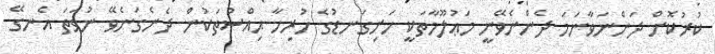
ކުރުކޮށް ދަންނަވާނަމަ ދެންނެވޭނީ މަޢުލޫމާތަކީ ހަށިގަނޑުގެ ހުރިހާ ޙިއްސުތަކުން ދެނެގަނެވޭ ނުވަތަ އެނގޭ